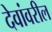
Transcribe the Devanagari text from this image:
देवांवरील